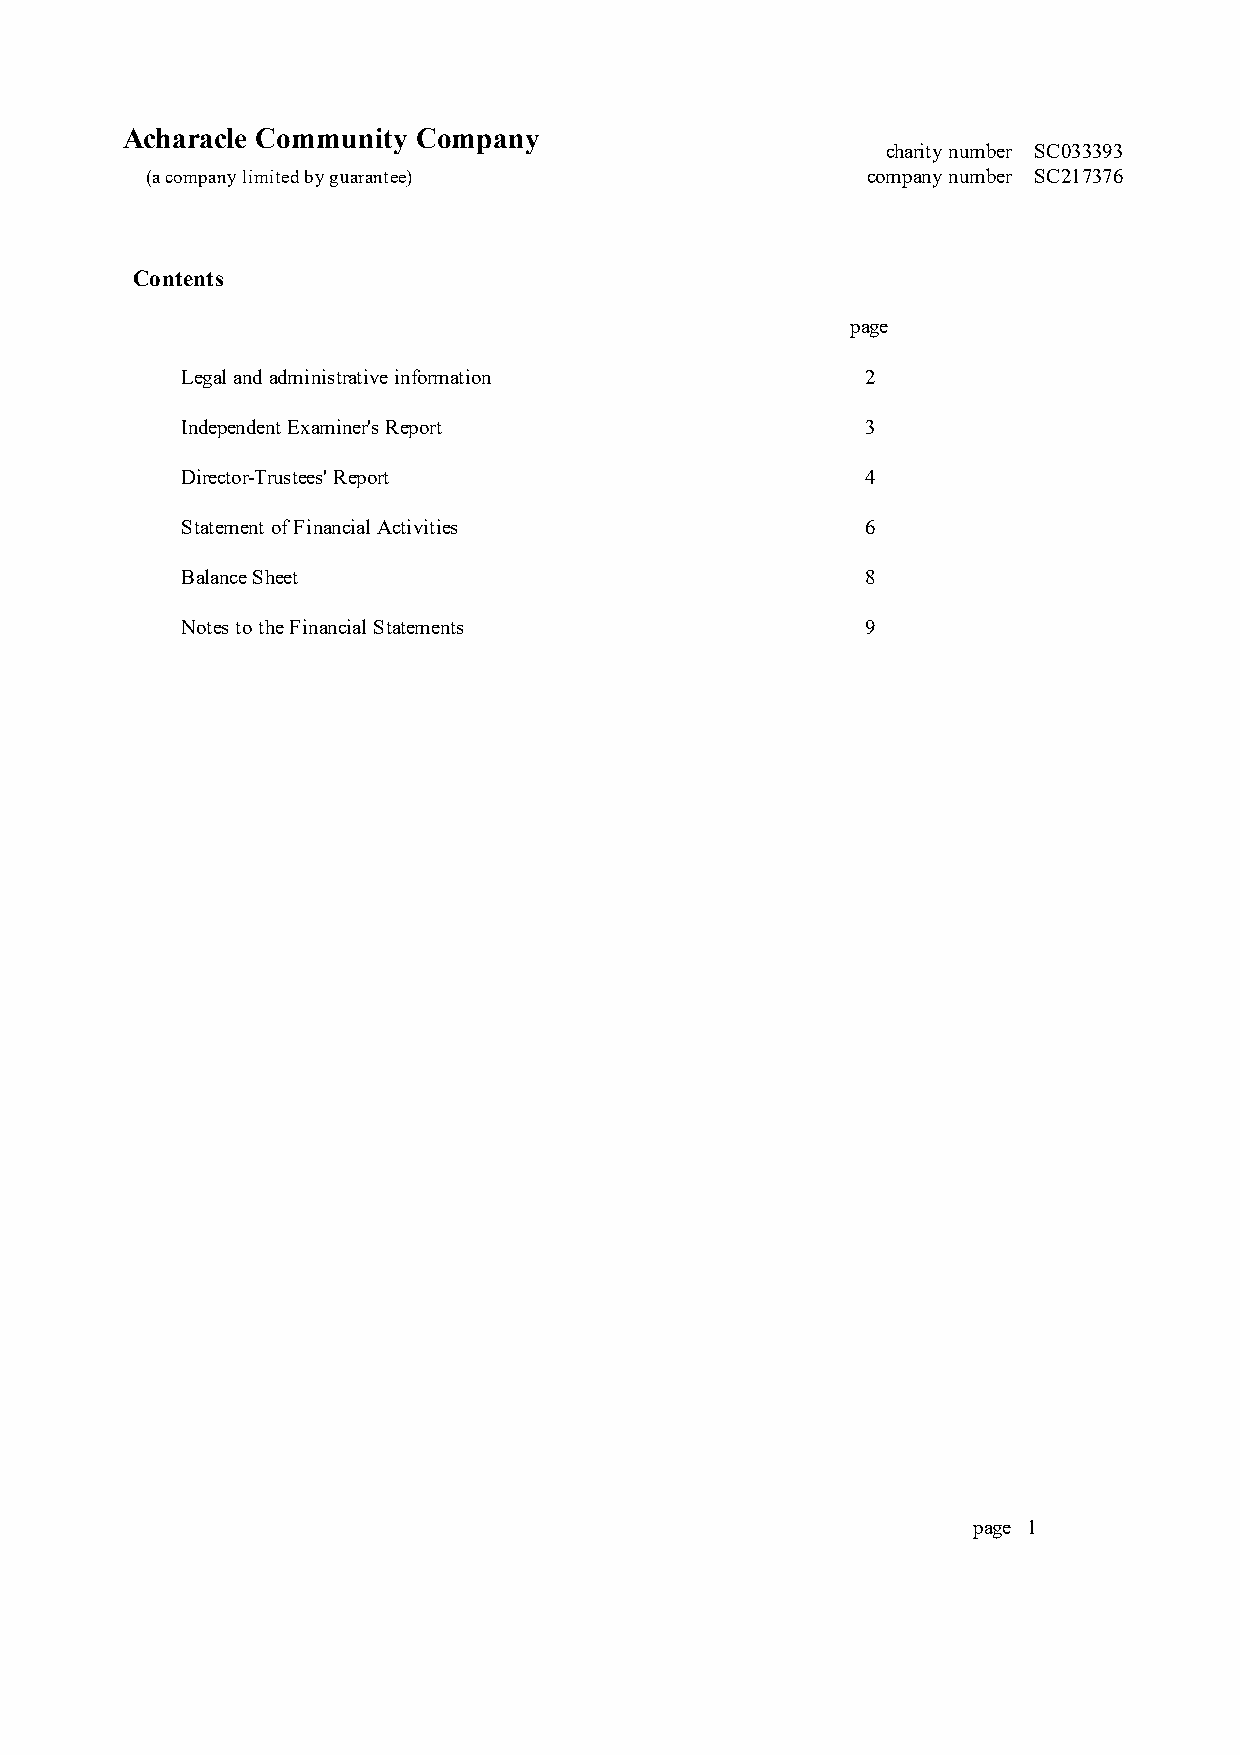
Acharacle Community Company
 charity number SC033393
 (a company limited by guarantee)               company number SC217376
 Contents
 page
 Legal and administrative information         2
 Independent Examiner's Report                3
 Director-Trustees' Report                    4
 Statement of Financial Activities            6
 Balance Sheet                                8
 Notes to the Financial Statements            9
 page 1